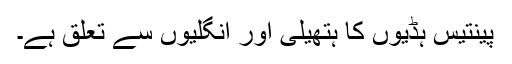
پینتیس ہڈیوں کا ہتھیلی اور انگلیوں سے تعلق ہے۔